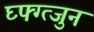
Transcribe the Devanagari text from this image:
घ्फ्ग्त्जुन